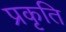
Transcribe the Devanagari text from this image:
प्रकृति